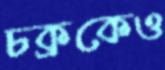
চক্রকেও